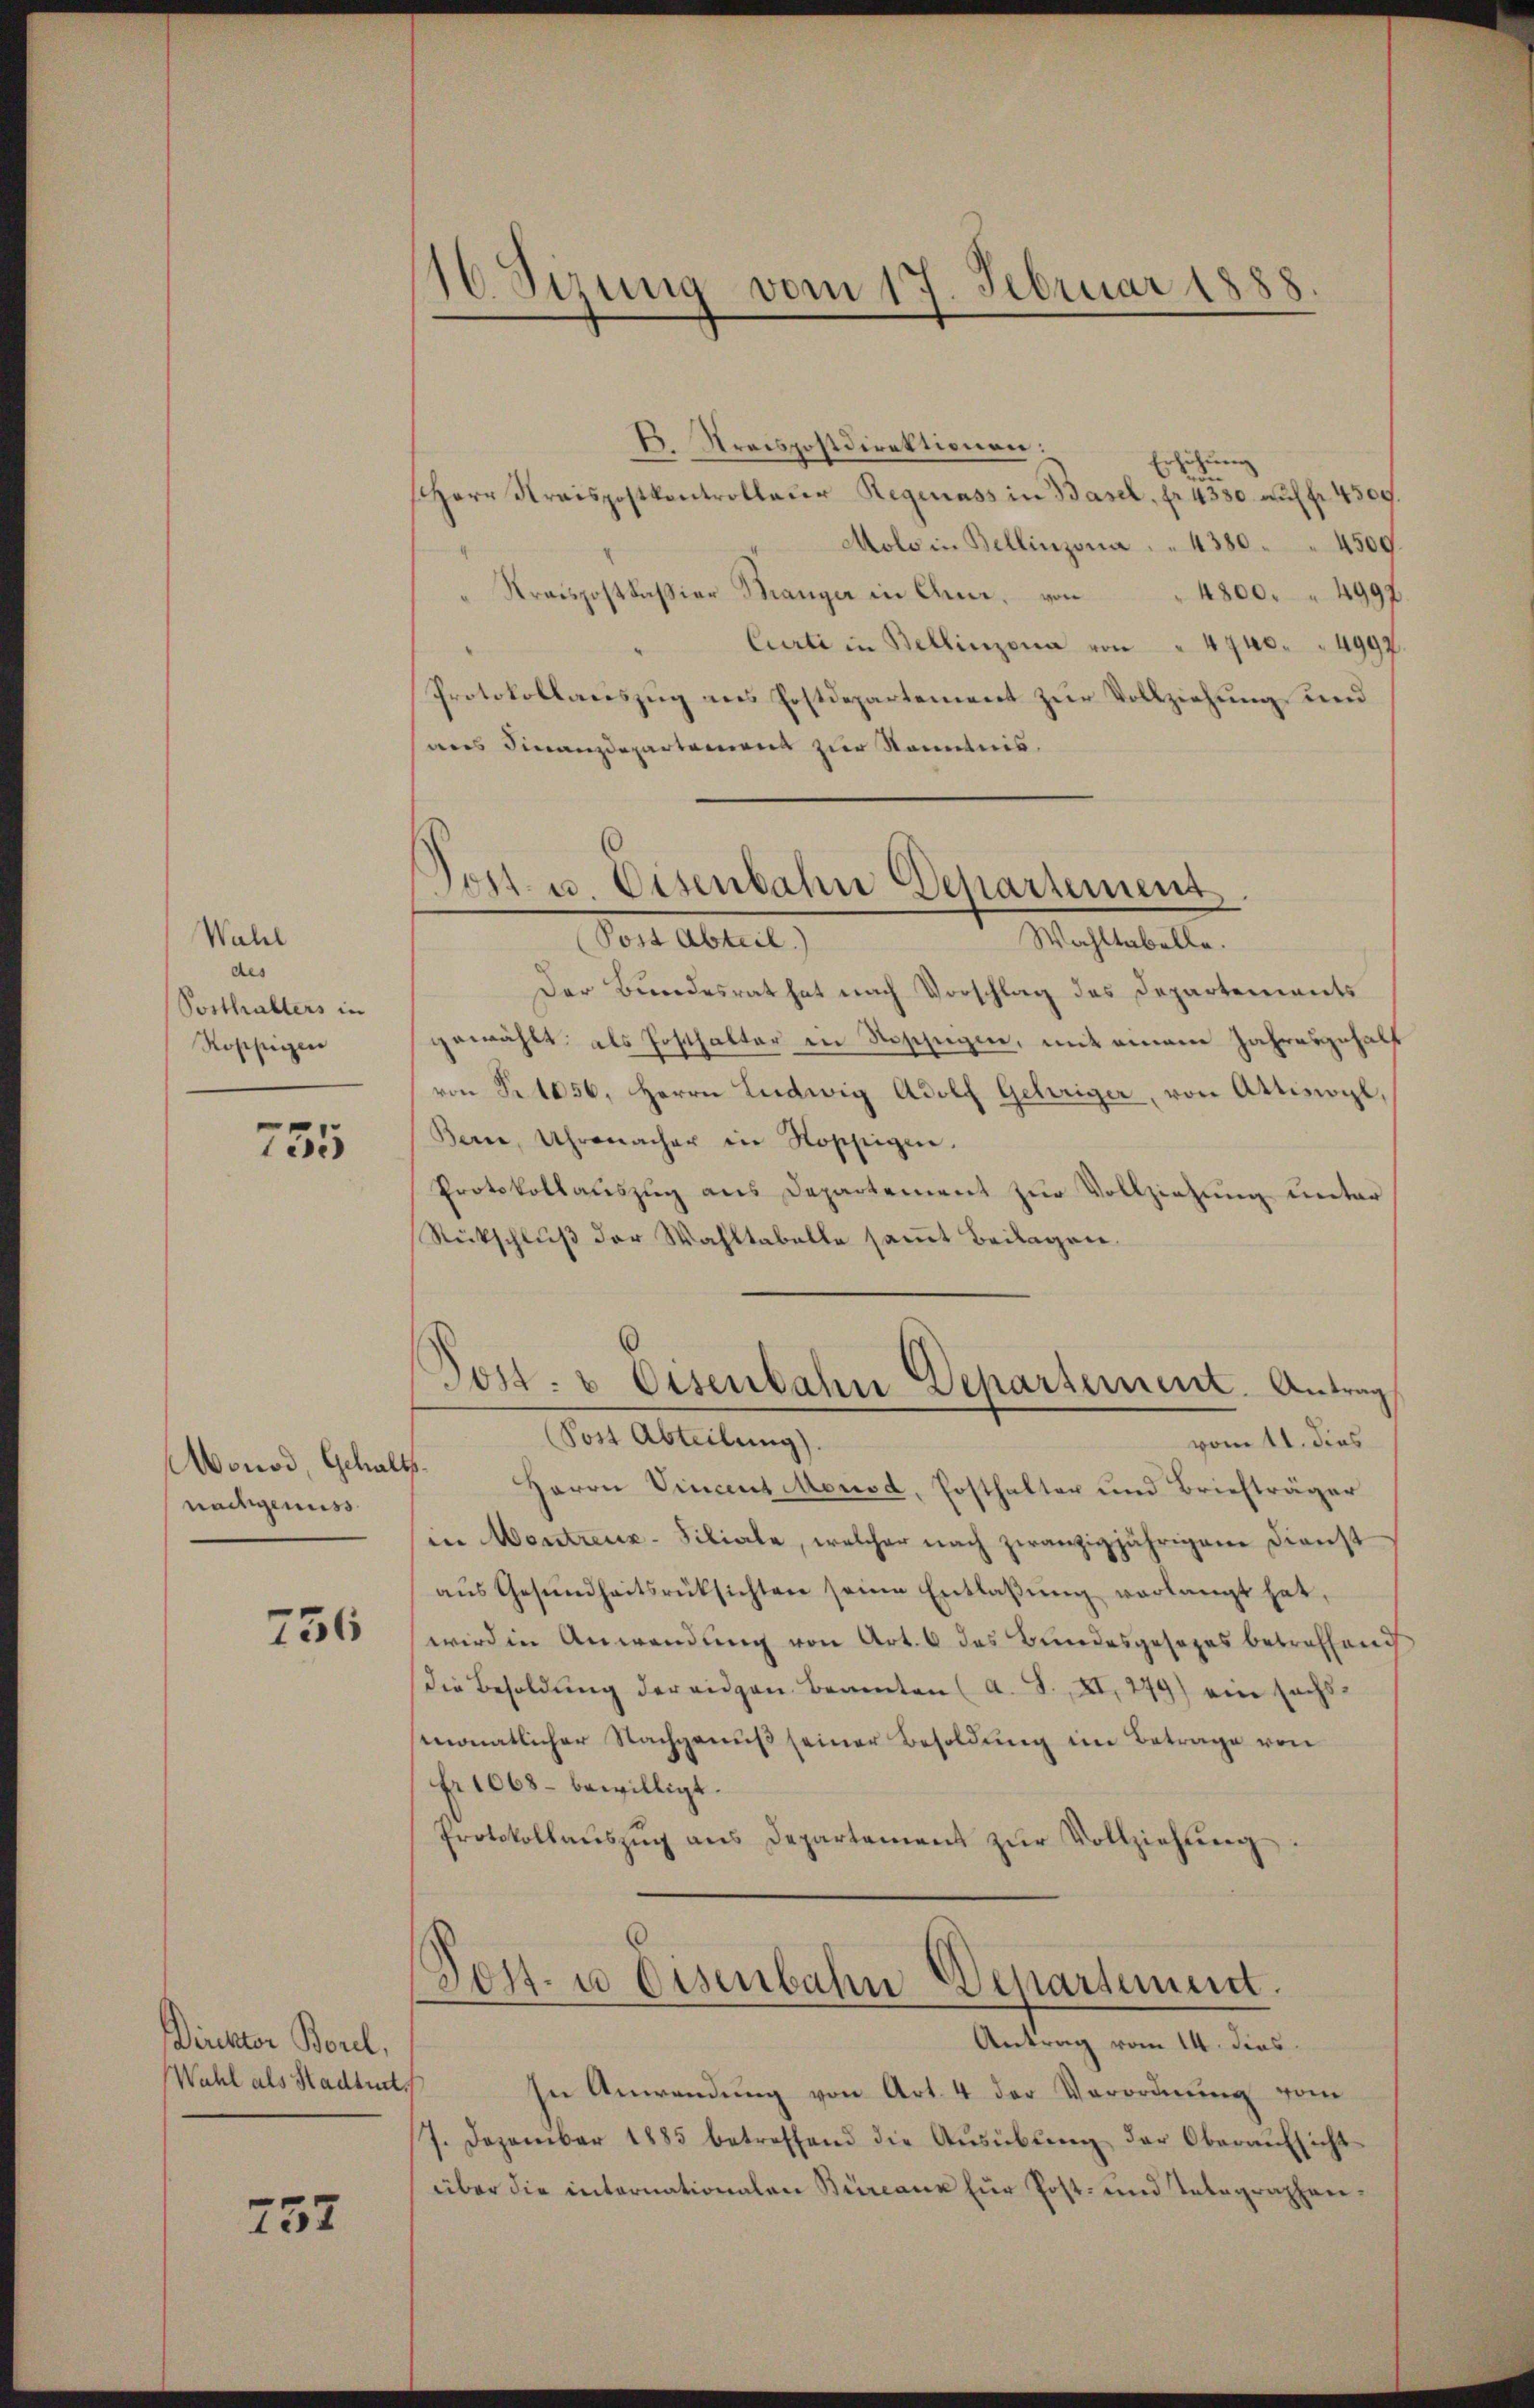
Walel
des
Porthalters in
Roppigen

735

nachgenuss

756

Direktor Borel,
Wahl als Stadtrat

752

¬
v. Stzung vom 17. Februar 1888

Tont. u. Eisenbahn Departement

B. Streispostdirektionen:
Erhöhung
Herr Kraispostkontrollaŭr Regenass in Basel, fr. 4330. aŭf fr. 4500.
Molo in Bellinzona . . 4380. 4500
Kraispostkassion Branger in Chur, von " 4800. 4997.
Curti in Bellinzona von " 4740. 4997
Protokollauszug aus Postdepartement zur Vollziehung und
sans Finanzdepartement zur Kenntnis,
Wahltabelle.
Volt Abreit,
Der Bundesrat hat nach Vorschlag des Departements
gewählt, als Posthalter in Noszügen, mit einem Jahresgehalf
von Fr. 1056. Herrn Ludwig Adolf Gehöriger, von Attiswyl,
Bern, Uhrmacher in Nossigen.
Protokollauszug aus Departement zŭr Vollziehung unter
Stückschluß der Wahltabelle sammt Beilagen.
Post- & Eisenbahn Departement. Antrag
(Post Abteilung).
vom 11. dies
Monod, Gehalt Herrn Vincent Mensd, Posthalter und Briefträger
in Mentreuz-Filiale, welcher nach zwanzigjährigem Dienst
aŭs Gesŭndheitsrüksichten seine Entlaβŭng verlangt hat,
wird in Anwendung von Art. 6 das Bundesgesezes betreffend
die Besoldŭng der eidgen. Beamten (A. S. XI, 279) ein sechs
monatlicher Nachgenuß seiner Besoldung im Betrage von
fr 1068 bewilligt.
Protokollaŭszŭg ans Departement zŭr Vollziehŭng.

Post. u disenbahn Departement.
Antrag vom 14. dies

In Anwendung von Art. 4 der Verordnung vom
7. Dezember 1885 betreffend die Aŭsübŭng der Oberaŭfsicht
über die internationalen Büreau zur Post- und Telegraphen¬